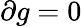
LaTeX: \partial g=0